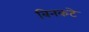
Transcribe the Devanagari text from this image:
बिनकटे